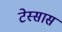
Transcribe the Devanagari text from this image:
टेस्सास